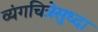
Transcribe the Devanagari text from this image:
व्यंगचित्रेसुध्दा